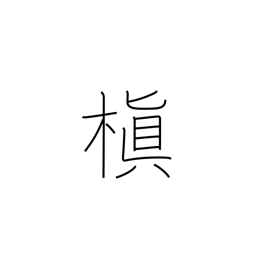
Meaning: Chinese black pine